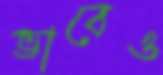
ভাবেও